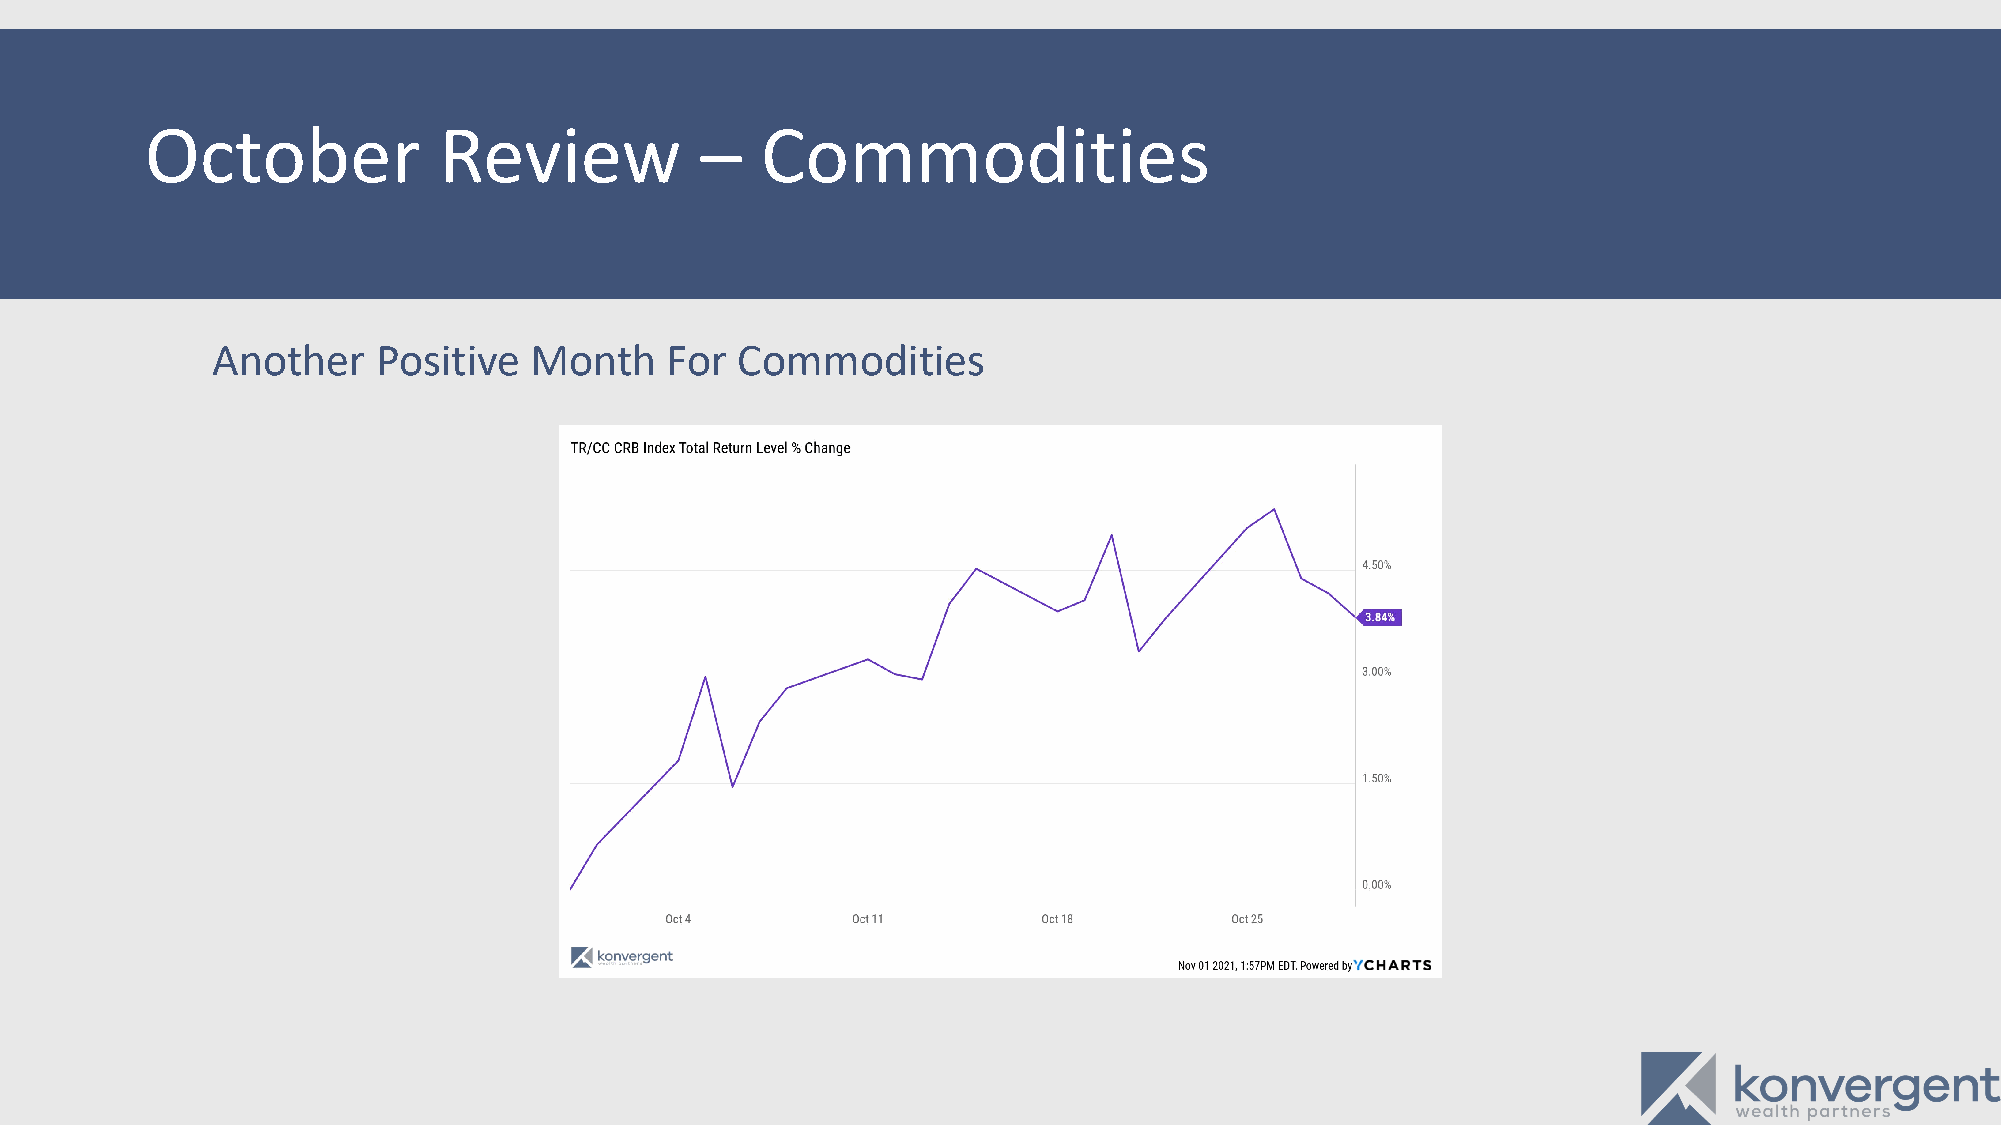
October            Review           –   Commodities
 Another    Positive  Month    For  Commodities